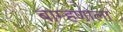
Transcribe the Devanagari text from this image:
बाम्हणाला